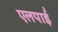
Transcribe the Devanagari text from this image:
एलपाईं